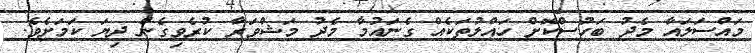
މައްސަލައާ މެދު ބަހުސްކޮށް ހައްލުތަކެއް ގެނައުމާ މެދު މަޝްވަރާ ކުރެވިގެން ދިޔަ ކަމަށެވެ.